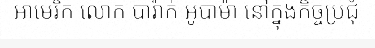
អាមេរិក លោក បារ៉ាក់ អូបាម៉ា នៅក្នុងកិច្ចប្រជុំ